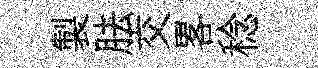
製胠交畧稔